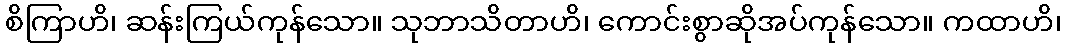
စိကြာဟိ၊ ဆန်းကြယ်ကုန်သော။ သုဘာသိတာဟိ၊ ကောင်းစွာဆိုအပ်ကုန်သော။ ကထာဟိ၊